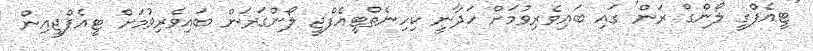
'ޓީއެފްގީ ލޯންގް ރަން' ގައި ބައިވެރިވުމަށް ހަދާނީ ކިހިނެތްޓީއެފްޖީ ލޯންގަރަން ބައިވެރިވުމަށް ޓީއެފްޖީއިން